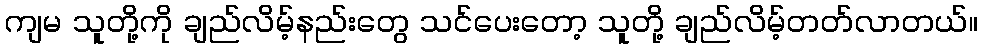
ကျမ သူတို့ကို ချည်လိမ့်နည်းတွေ သင်ပေးတော့ သူတို့ ချည်လိမ့်တတ်လာတယ်။